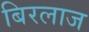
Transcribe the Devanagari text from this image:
बिरलाज